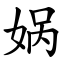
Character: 娲